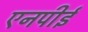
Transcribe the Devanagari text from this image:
एनपीई